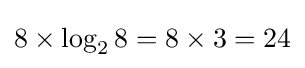
8\times \log _{2}8=8\times 3=24